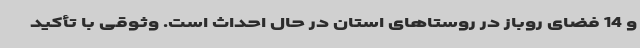
و 14 فضای روباز در روستاهای استان در حال احداث است. وثوقی با تأکید